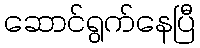
ဆောင်ရွက်နေပြီ